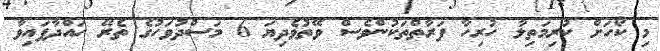
މި ކޯހަށް ކުރިމަތިލާ ހުރިހާ ފަރާތްތަކުންވެސް ވޭތުވެދިޔަ 6 މަސްދުވަހުގެ ތެރޭ ހައްދާފައިވާ